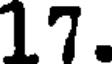
17.